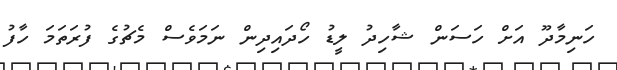
ހަނިމާދޫ އަށް ހަސަން ޝާހިދު ލީޑު ހޯދައިދިން ނަމަވެސް މެޗުގެ ފުރަތަމަ ހާފު